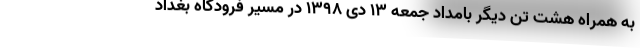
به همراه هشت تن دیگر بامداد جمعه ۱۳ دی ۱۳۹۸ در مسیر فرودگاه بغداد